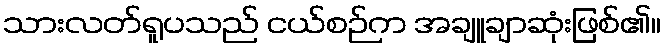
သားလတ်ရူပသည် ငယ်စဉ်က အချူချာဆုံးဖြစ်၏။